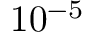
1 0 ^ { - 5 }